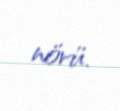
növü.